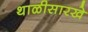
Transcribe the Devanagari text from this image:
थाळीसारखे